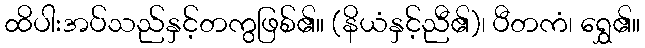
ထိပါးအပ်သည်နှင့်တကွဖြစ်၏။ (နိယံနှင့်ညီ၏)၊ ပီတကံ၊ ရွှေ၏။